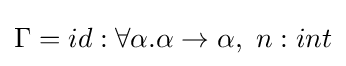
\Gamma =id:\forall \alpha .\alpha \rightarrow \alpha ,\ n:int